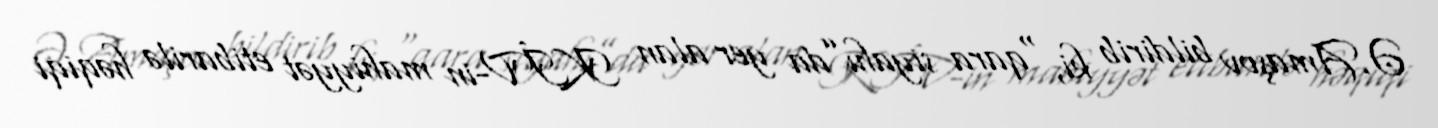
Ə.Amaşov bildirib ki, “qara siyahı”da yer alan KİV-in mahiyyət etibarilə həqiqi